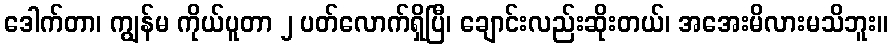
ဒေါက်တာ၊ ကျွန်မ ကိုယ်ပူတာ ၂ ပတ်လောက်ရှိပြီ၊ ချောင်းလည်းဆိုးတယ်၊ အအေးမိလားမသိဘူး။